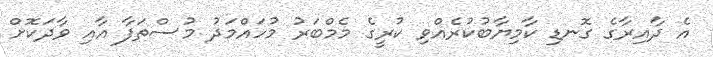
އެ ދާއިރާގެ ގޮނޑި ކާމިޔާބުކުރެއްވި ކުރީގެ މެމްބަރު މުހައްމަދު މުސްތަފާ އާއި ވާދަކޮށް